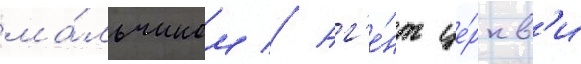
ма́льчиком // Аг'е́нт це́ркв'и